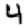
Digit: 4